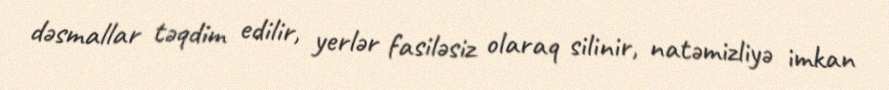
dəsmallar təqdim edilir, yerlər fasiləsiz olaraq silinir, natəmizliyə imkan